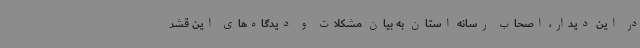
در این دیدار، اصحاب رسانه استان به بیان مشکلات و دیدگاه‌های این قشر